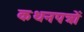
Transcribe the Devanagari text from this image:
कथनपत्रों